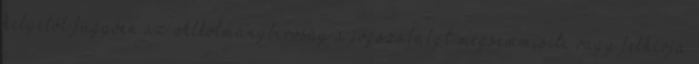
helyétől függően az Alkotmánybíróság a jogszabályt megsemmisíti vagy felhívja